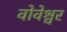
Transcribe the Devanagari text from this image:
वोवेश्वर